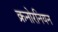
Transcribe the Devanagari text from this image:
क्रनोरनियन